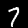
Digit: 7